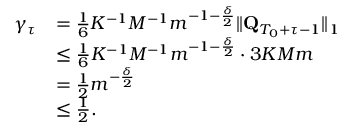
\begin{array} { r l } { \gamma _ { \tau } } & { = \frac 1 6 K ^ { - 1 } M ^ { - 1 } m ^ { - 1 - \frac \delta 2 } \lVert \mathbf Q _ { T _ { 0 } + \tau - 1 } \rVert _ { 1 } } \\ & { \le \frac 1 6 K ^ { - 1 } M ^ { - 1 } m ^ { - 1 - \frac \delta 2 } \cdot 3 K M m } \\ & { = \frac 1 2 m ^ { - \frac \delta 2 } } \\ & { \le \frac 1 2 . } \end{array}